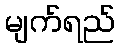
မျက်ရည်